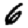
Digit: 6